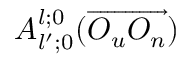
A _ { l ^ { \prime } ; 0 } ^ { l ; 0 } ( \overrightarrow { O _ { u } O _ { n } } )